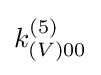
k_{(V)00}^{(5)}